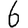
Digit: 6